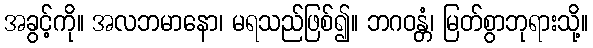
အခွင့်ကို။ အလဘမာနော၊ မရသည်ဖြစ်၍။ ဘဂဝန္တံ၊ မြတ်စွာဘုရားသို့။